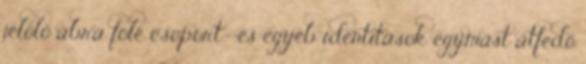
jelölő ábra fölé csoport- és egyéb identitások egymást átfedő